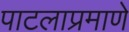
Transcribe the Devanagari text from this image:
पाटलाप्रमाणे